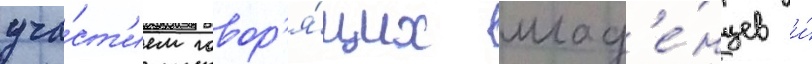
уча́ст'ием говор'я́щих млад'е́нцев и́